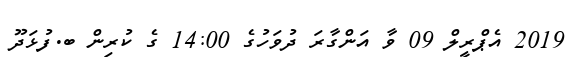
2019 އެޕްރީލް 09 ވާ އަންގާރަ ދުވަހުގެ 14:00 ގެ ކުރިން ބ.ފުޅަދޫ